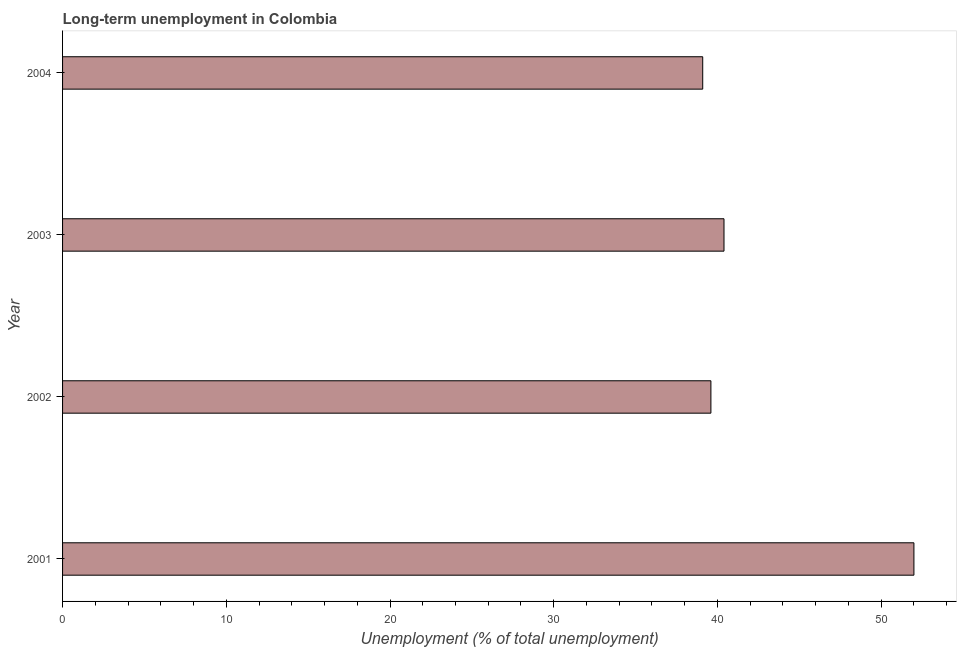
| Year | Long-term unemployment  |
 | --- | --- |
 | 2001 | 52 |
 | 2002 | 39.6 |
 | 2003 | 40.4 |
 | 2004 | 39.1 |